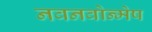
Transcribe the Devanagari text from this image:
नवनवोन्मेष